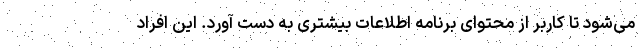
می‌شود تا کاربر از محتوای برنامه اطلاعات بیشتری به دست آورد. این افراد